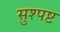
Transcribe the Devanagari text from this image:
सुश्पष्ट